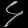
Digit: ၄